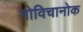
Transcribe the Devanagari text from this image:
नोविचानोक